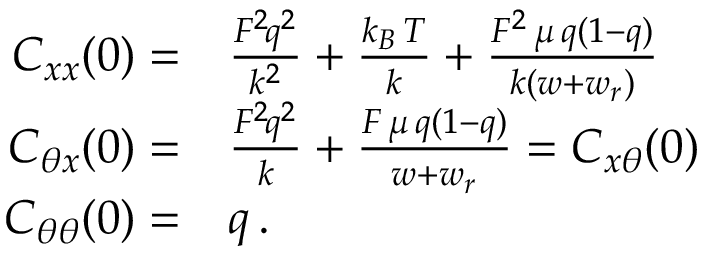
\begin{array} { r l } { C _ { x x } ( 0 ) = } & { { } \frac { { \cal F } ^ { 2 } \! q ^ { 2 } } { k ^ { 2 } } + \frac { k _ { B } \, T } { k } + \frac { { \cal F } ^ { 2 } \, \mu \, q ( 1 - q ) } { k ( w + w _ { r } ) } } \\ { C _ { \theta x } ( 0 ) = } & { { } \frac { { \cal F } ^ { 2 } \! q ^ { 2 } } { k } + \frac { { \cal F } \, \mu \, q ( 1 - q ) } { w + w _ { r } } = C _ { x \theta } ( 0 ) } \\ { C _ { \theta \theta } ( 0 ) = } & { { } q \, . } \end{array}